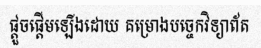
ផ្តួចផ្តើមឡើងដោយ គម្រោងបច្ចេកវិទ្យាព័ត